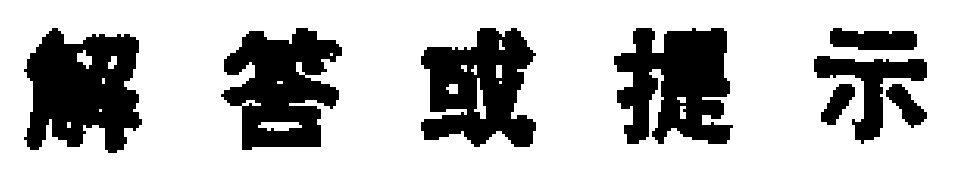
解答或提示